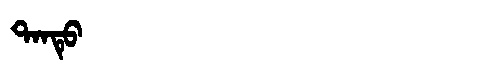
Manchu: ᡨᠠᠨᡨᡠ
Romanization: TANTU